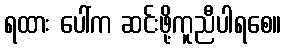
ရထား ပေါ်က ဆင်းဖို့ကူညီပါရစေ။